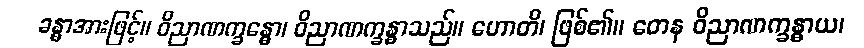
ခန္ဓာအားဖြင့်။ ဝိညာဏက္ခန္ဓော၊ ဝိညာဏက္ခန္ဓာသည်။ ဟောတိ၊ ဖြစ်၏။ တေန ဝိညာဏက္ခန္ဓာယ၊